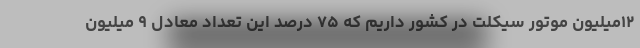
۱۲میلیون موتور سیکلت در کشور داریم که ۷۵ درصد این تعداد معادل ۹ میلیون